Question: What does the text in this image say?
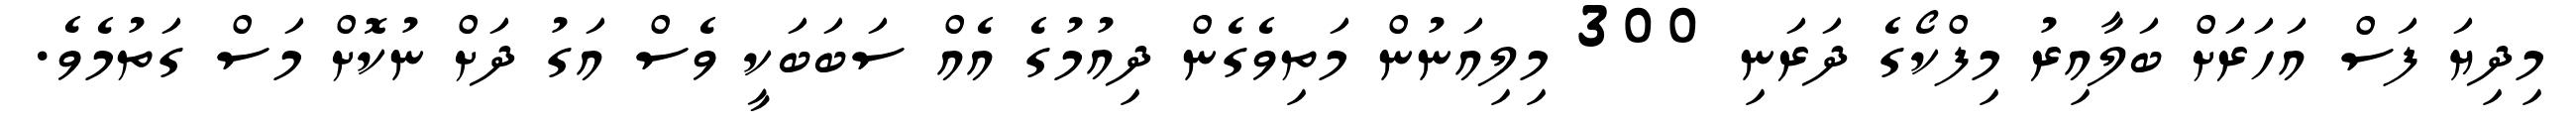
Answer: މިދިޔަ ފަސް އަހަރަށް ބަލާއިރު މިފްކޯގެ ދަރަނި 300 މިލިއަނުން މަތިވެގެން ދިއުމުގެ އެއް ސަބަބަކީ ވެސް އަގު ދަށް ނުކޮށް މަސް ގަތުމެވެ.